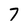
Character: 7